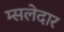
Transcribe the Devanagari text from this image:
म्सलेदार